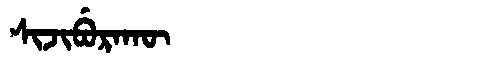
Manchu: ᠰᡳᠵᡳᠪᡠᡵᠠᡴᡡ
Romanization: SIJIBURAKŪ